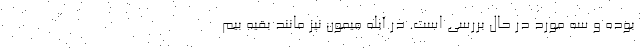
بوده و سه مورد در حال بررسی است. در آبله میمون نیز مانند بقیه بیم